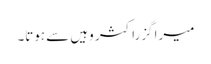
میرا گزراکثر وہیں سے ہوتا۔